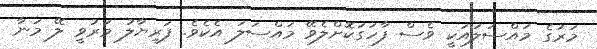
މަރުގެ މައްސަލައަކީ ވެސް ފާހަގަކޮށްލެވޭ މައްސަލަ އެކެވެ. ފަރިޔާލު މަރުވީ ލޭ މަނާ